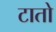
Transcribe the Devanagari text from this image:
टातो